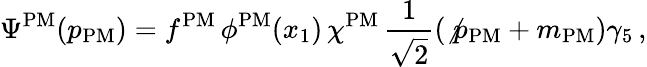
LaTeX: \Psi^{\mathrm{PM}}(p_{\mathrm{PM}})=f^{\mathrm{PM}}\, \phi^{\mathrm{PM}}(x_{1})\, \chi^{\mathrm{PM}}\, \frac{1}{\sqrt{2}}(\not{p}_{\mathrm{PM}}+m_{\mathrm{PM}})\gamma_{5}\, ,